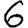
Digit: 6